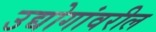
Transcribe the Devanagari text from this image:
उद्योगांवरील